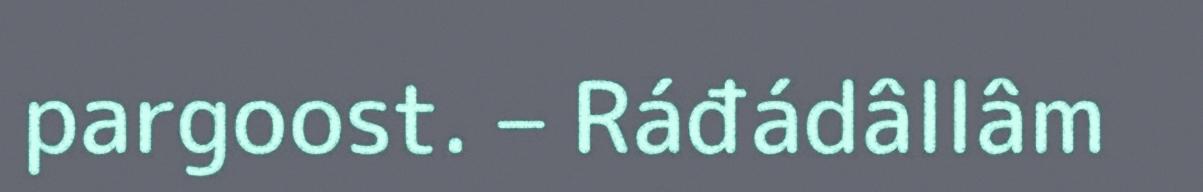
pargoost. – Ráđádâllâm